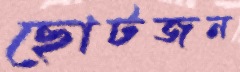
ছোটজন